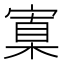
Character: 𡩼